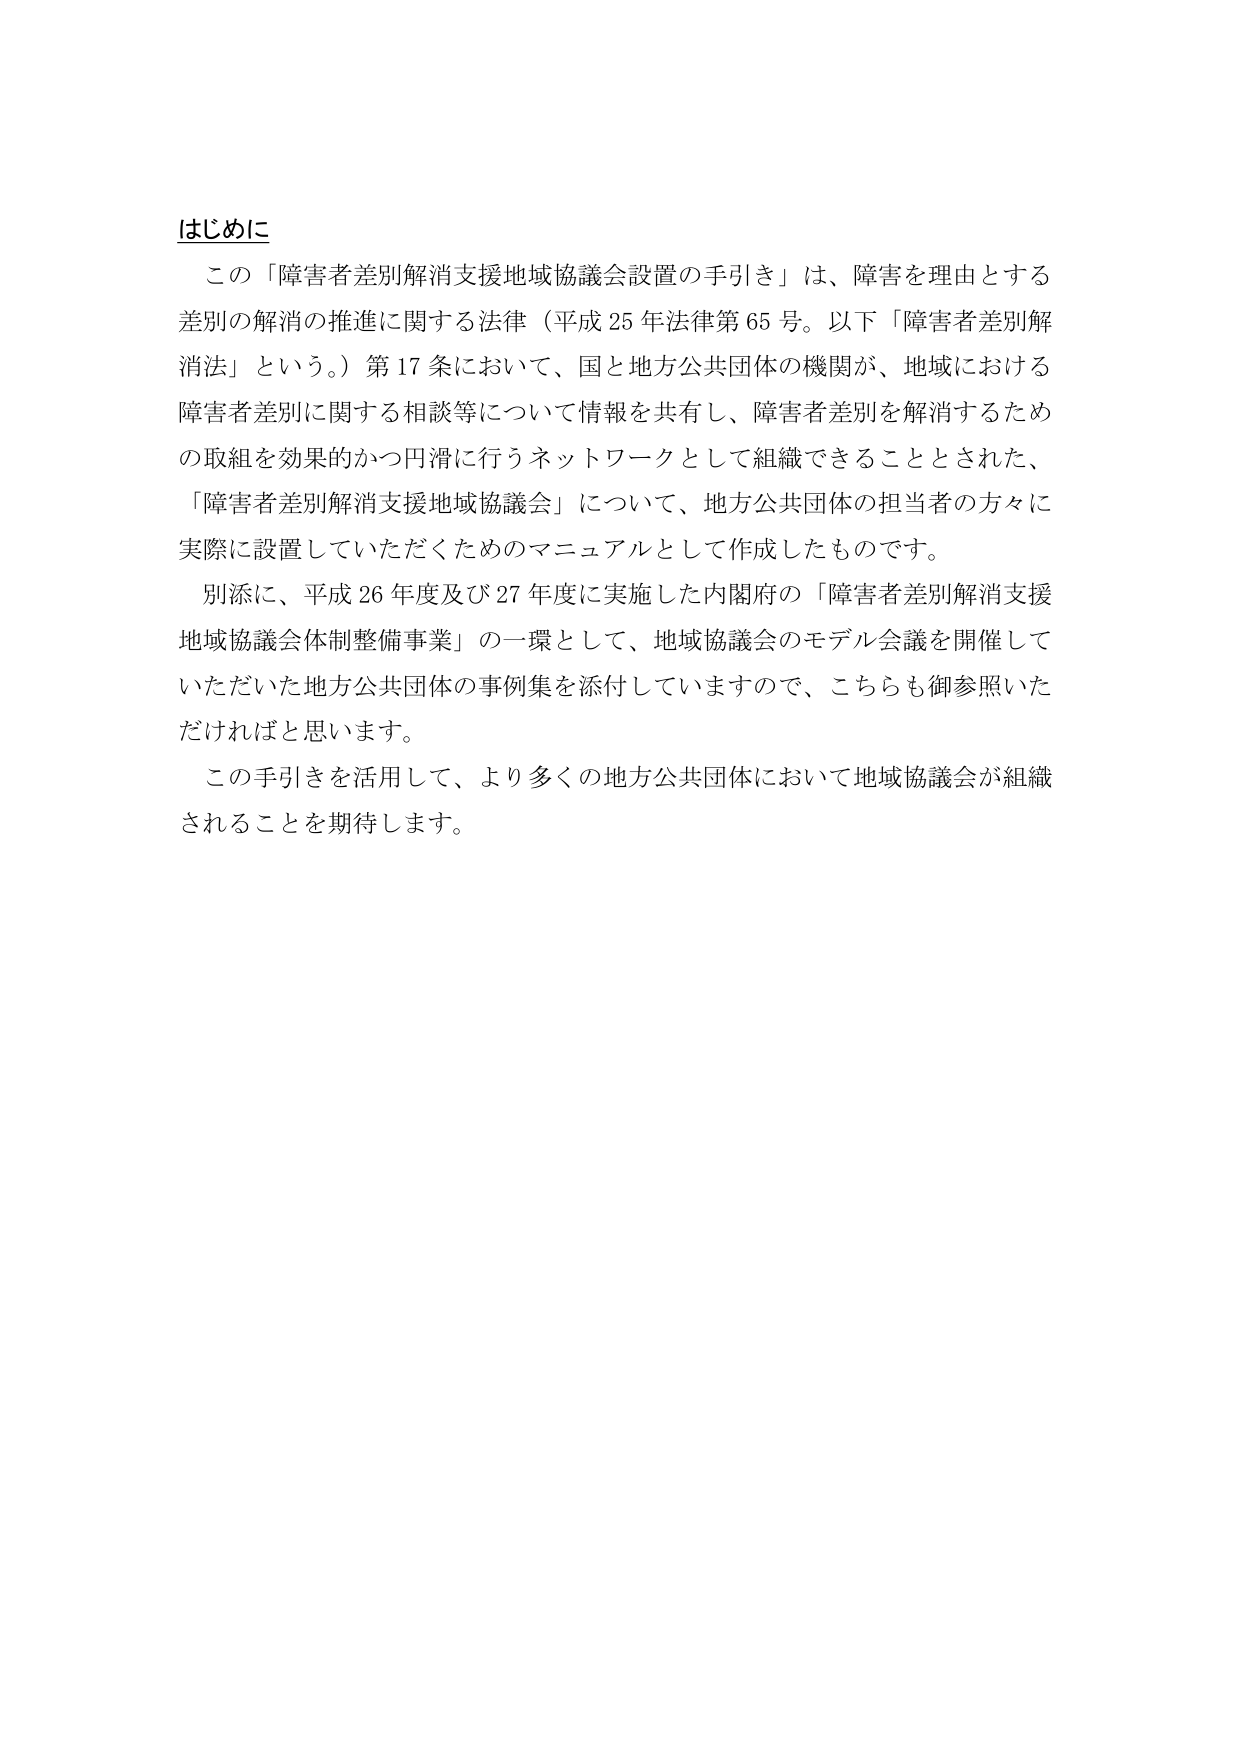
はじめに
この「障害者差別解消支援地域協議会設置の手引き」は、障害を理由とする差別の解消の推進に関する法律（平成25年法律第65号。以下「障害者差別解消法」という。）第17条において、国と地方公共団体の機関が、地域における障害者差別に関する相談等について情報を共有し、障害者差別を解消するための取組を効果的かつ円滑に行うネットワークとして組織できることとされた、「障害者差別解消支援地域協議会」について、地方公共団体の担当者の方々に実際に設置していただくためのマニュアルとして作成したものです。
別添に、平成26年度及び27年度に実施した内閣府の「障害者差別解消支援地域協議会体制整備事業」の一環として、地域協議会のモデル会議を開催していただいた地方公共団体の事例集を添付していますので、こちらも御参照いただければと思います。
この手引きを活用して、より多くの地方公共団体において地域協議会が組織されることを期待します。